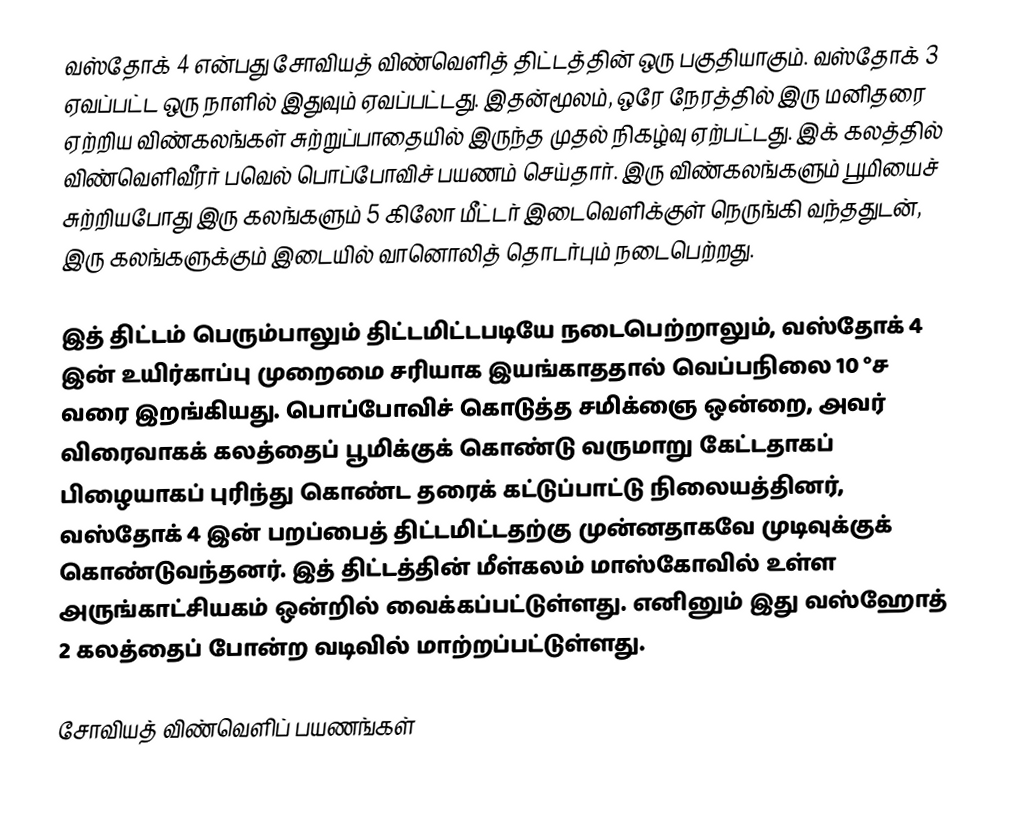
வஸ்தோக் 4 என்பது சோவியத் விண்வெளித் திட்டத்தின் ஒரு பகுதியாகும். வஸ்தோக் 3 ஏவப்பட்ட ஒரு நாளில் இதுவும் ஏவப்பட்டது. இதன்மூலம், ஒரே நேரத்தில் இரு மனிதரை ஏற்றிய விண்கலங்கள் சுற்றுப்பாதையில் இருந்த முதல் நிகழ்வு ஏற்பட்டது. இக் கலத்தில் விண்வெளிவீரர் பவெல் பொப்போவிச் பயணம் செய்தார். இரு விண்கலங்களும் பூமியைச் சுற்றியபோது இரு கலங்களும் 5 கிலோ மீட்டர் இடைவெளிக்குள் நெருங்கி வந்ததுடன், இரு கலங்களுக்கும் இடையில் வானொலித் தொடர்பும் நடைபெற்றது.

இத் திட்டம் பெரும்பாலும் திட்டமிட்டபடியே நடைபெற்றாலும், வஸ்தோக் 4 இன் உயிர்காப்பு முறைமை சரியாக இயங்காததால் வெப்பநிலை 10 °ச வரை இறங்கியது. பொப்போவிச் கொடுத்த சமிக்ஞை ஒன்றை, அவர் விரைவாகக் கலத்தைப் பூமிக்குக் கொண்டு வருமாறு கேட்டதாகப் பிழையாகப் புரிந்து கொண்ட தரைக் கட்டுப்பாட்டு நிலையத்தினர், வஸ்தோக் 4 இன் பறப்பைத் திட்டமிட்டதற்கு முன்னதாகவே முடிவுக்குக் கொண்டுவந்தனர். இத் திட்டத்தின் மீள்கலம் மாஸ்கோவில் உள்ள அருங்காட்சியகம் ஒன்றில் வைக்கப்பட்டுள்ளது. எனினும் இது வஸ்ஹோத் 2 கலத்தைப் போன்ற வடிவில் மாற்றப்பட்டுள்ளது.

சோவியத் விண்வெளிப் பயணங்கள்